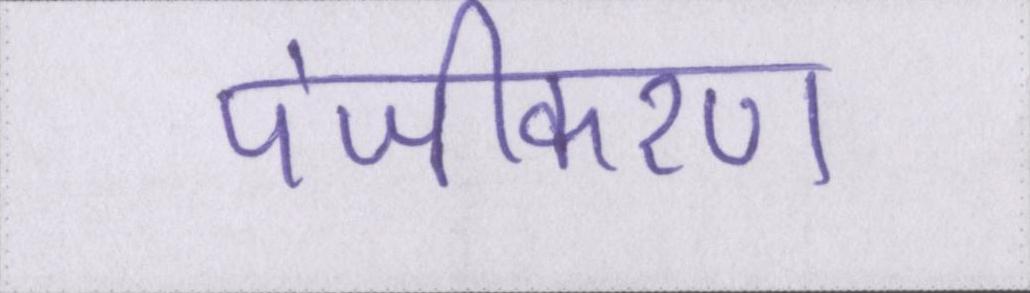
पंजीकरण